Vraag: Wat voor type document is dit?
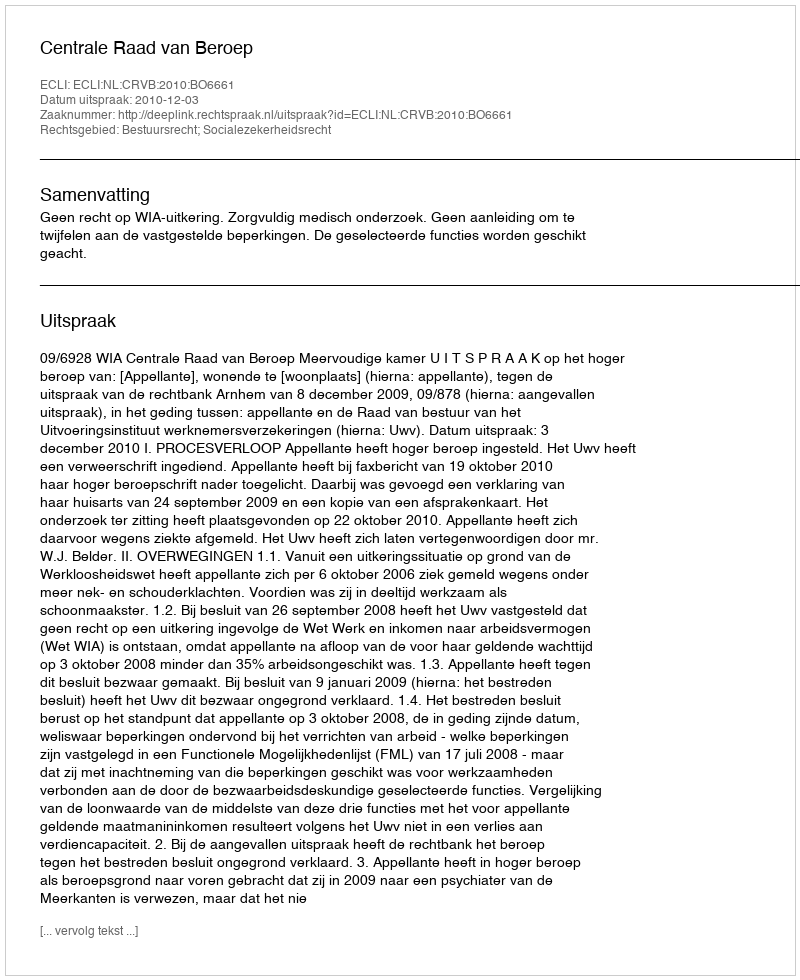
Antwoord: Uitspraak